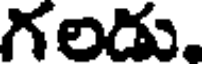
గలడు,